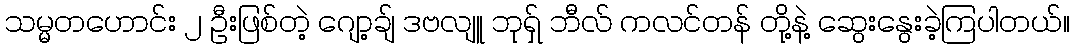
သမ္မတဟောင်း ၂ ဦးဖြစ်တဲ့ ဂျော့ချ် ဒဗလျူ ဘုရှ် ဘီလ် ကလင်တန် တို့နဲ့ ဆွေးနွေးခဲ့ကြပါတယ်။